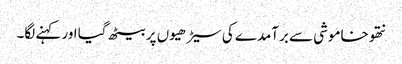
نتھو خاموشی سے برآمدے کی سیڑھیوں پر بیٹھ گیا اور کہنے لگا۔